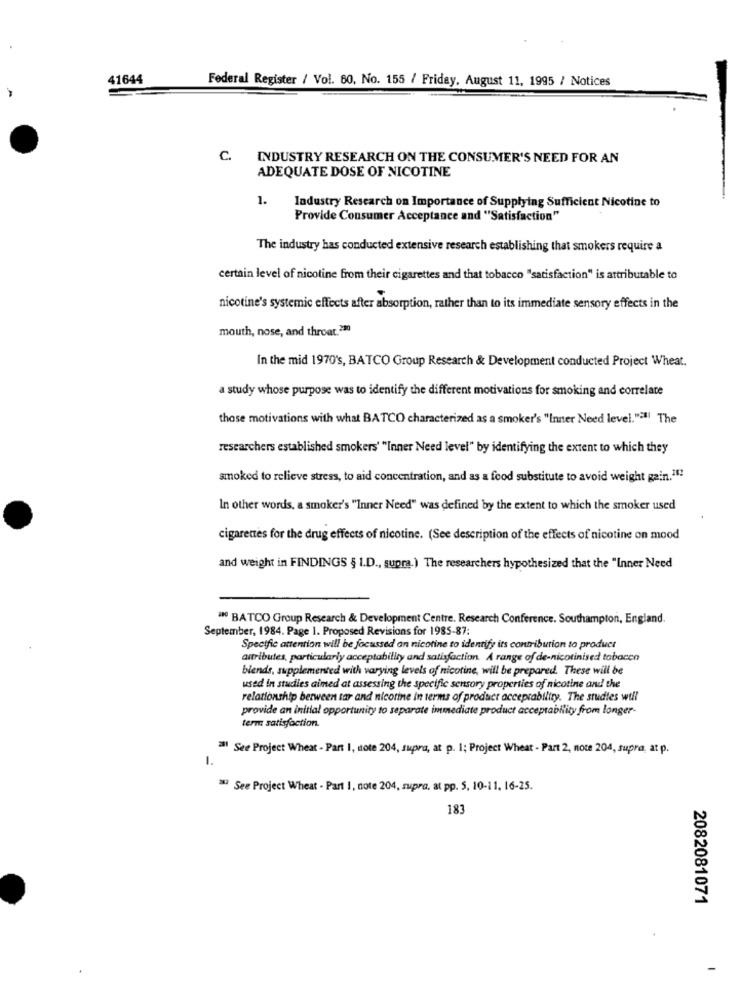
41644
Federal Register / Vol. 60, No. 155 / Friday, August 11, 1995 / Notices
C.
INDUSTRY RESEARCH ON THE CONSUMER'S NEED FOR AN
ADEQUATE DOSE OF NICOTINE
1.
Industry Research on Importance of Supplying Sufficient Nicotine to
Provide Consumer Acceptance and "Satisfaction"
The industry has conducted extensive research establishing that smokers require a
certain level of nicotine from their cigarettes and that tobacco "satisfaction" is attributable to
nicotine's systemic effects after absorption, rather than to its immediate sensory effects in the
mouth, nose, and throat.230
In the mid 1970's, BATCO Group Research & Development conducted Project Wheat.
a study whose purpose was to identify the different motivations for smoking and correlate
those motivations with what BATCO characterized as a smoker's "Innter Need level."> !! The
researchers established smokers' "Inner Need level" by identifying the extent to which they
smoked to relieve stress, to aid concentration, and as a food substitute to avoid weight gain.282
In other words, a smoker's "Inner Need" was defined by the extent to which the smoker used
cigarettes for the drug effects of nicotine. (See description of the effects of nicotine on mood
and weight in FINDINGS § I.D ., supra.) The researchers hypothesized that the "Inner Need
a BATCO Group Research & Development Centre. Research Conference. Southampton, England.
September, 1984. Page 1. Proposed Revisions for 1985-87:
Specific attention will be focussed an nicotine to identify its contribution to product
attributes, particularly acceptability and satisfaction. A range of de-nicotinised tobacco
blends, supplemented with varying levels of nicotine, will be prepared. These will be
used in studies aimed at assessing the specific sensory properties of nicotine and the
relationship between tar and nicotine in terms of product acceprability. The studies will
provide an initial opportunity to separate immediate product acceptability from longer-
term satisfaction.
28! See Project Wheat - Part I, stote 204, supra, at p. 1; Project Wheat - Part 2, note 204, supra, at p.
1.
2ª See Project Wheat - Part 1, note 204, supra, at pp. 5, 10-11, 16-25.
183
2082081071
-